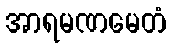
အာရမဏမေတံ